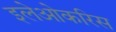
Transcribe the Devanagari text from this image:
इलेओकरिस